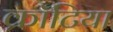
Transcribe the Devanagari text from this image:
क्रॉटिया